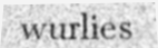
wurlies